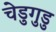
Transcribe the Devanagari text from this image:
चेडुगुडु